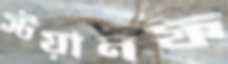
স্টয়ানফ